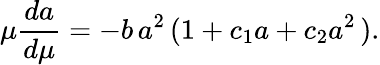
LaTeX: \mu\frac{da}{d\mu}=-b\, a^{2}\, (1+c_{1}a+c_{2}a^{2}\, ).